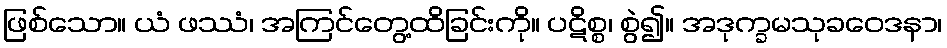
ဖြစ်သော။ ယံ ဖဿံ၊ အကြင်တွေ့ထိခြင်းကို။ ပဋိစ္စ၊ စွဲ၍။ အဒုက္ခမသုခဝေဒနာ၊